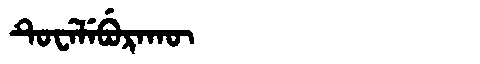
Manchu: ᡨᡠᠸᡝᠯᡝᠪᡠᡵᠠᡴᡡ
Romanization: TUWELEBURAKŪ